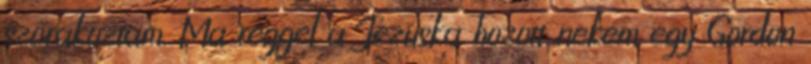
szórakoztam. Ma reggel a Jézuska hozott nekem egy Gordon